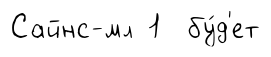
Сайнс-мл 1 бу́д'ет